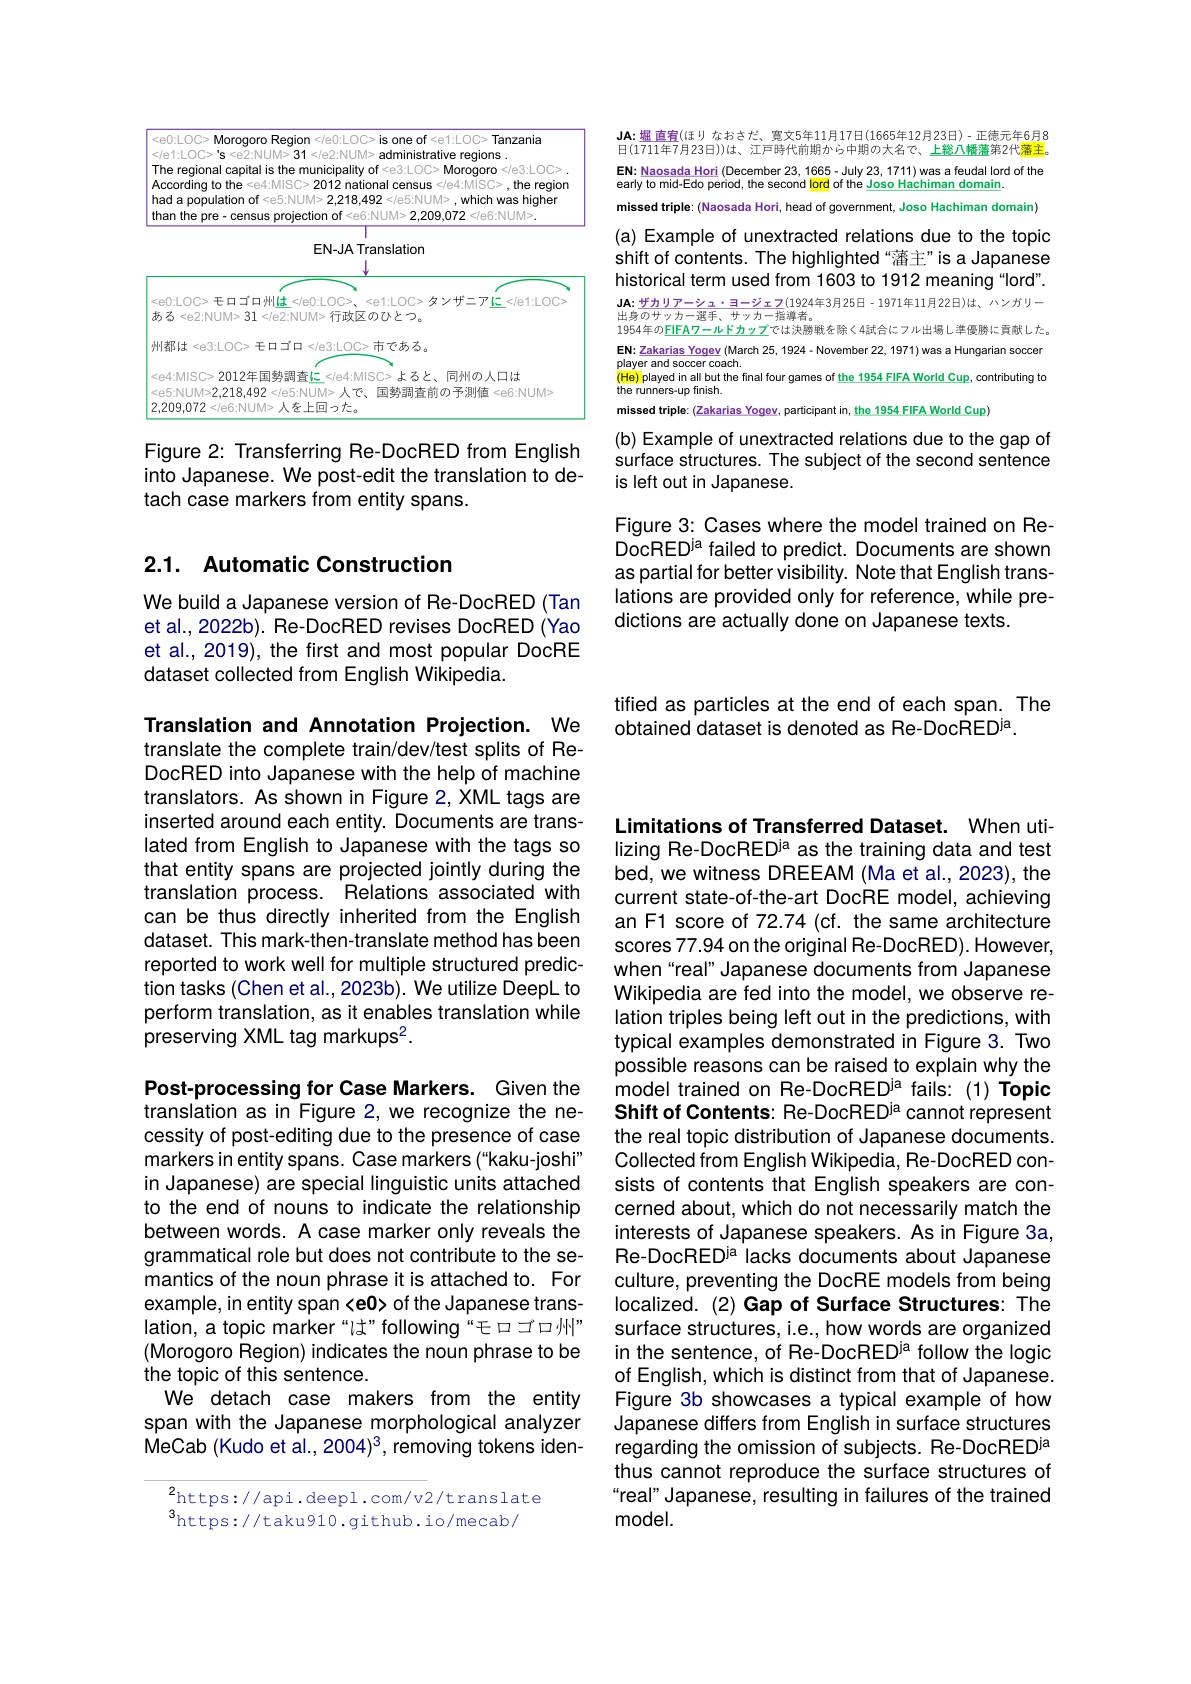
<FigureHere>

Figure 2: Transferring Re-DocRED from English into Japanese. We post-edit the translation to detach case markers from entity spans.

## 2.1. Automatic Construction

We build a Japanese version of Re-DocRED (Tan et al., 2022b). Re- DocRED revises DocRED (Yao et al., 2019), the first and most popular DocRE dataset collected from English Wikipedia.

$\mathbf{JA:}_{\text{堀 直宥(ほりなおさだ、寛文5年11月17日(1665年12月23日)-正德元年6月8}}$ 日(1711年7月23日))は、江戸時代前期から中期の大名で、上総八幡藩第2代藩主$\begin{array}{l}{\mathsf{EN:}}\frac{\mathsf{Naosada~Hori}}{\mathsf{Naosada~Hori}}\left(\text{December 23, 1665-July 23, 1711)was a feudal Iord of the}\\{\mathsf{early~to~mid-Edo~period,~the~second~Iord~of~the~Joso~Hachiman~domain.}}\\{\mathsf{EN:}}\frac{\mathsf{Naosada~Hori}}{\mathsf{Naosada~Hori}}\left(\text{December 23, 1665-July 2$

missed triple: (Naosada Hori, head of government, Joso Hachiman domain) (a) Example of unextracted relations due to the topic shift of contents. The highlighted“藩主”is a Japanese historical term used from 1603 to 1912 meaning“lord”. $\mathbf{JA:}\frac{\text{ザカリアーシュ・ヨージェフ(1924年3月25日}-1971年11月22日)は、ハンガリー}$ 出 身 の サ ッ カ ー 選 手 、 サ ッ カ ー 指 導 者 。1954年 の $\underline {\mathrm{FIFAワ ー ル ド カ ッ プ で は 決 勝 戦 を 除 く 4試 合 に フ ル 出 場 し 準 優 勝 に 貢 献 し た 。}}$ $\mathrm{EN:}\frac{\mathrm{Zakarias~Yogev~(March~25,~1924-November~22,~1971)~was~a~Hungarian~soccer}}$ player and soccer coach. (He) played
l but the final four games of the 1954 FIFA World Cup, contributing
the runners-up finish
missed triple: (Zakarias Yogev, participant in, the 1954 FIFA World Cup)

(b) Example of unextracted relations due to the gap of surface structures. The subject of the second sentence is left out in Japanese.

Figure 3: Cases where the model trained on ReDocRED$^\mathrm{ja}$ failed to predict. Documents are shown as partial for better visibility. Note that English translations are provided only for reference, while predictions are actually done on Japanese texts.

tified as particles at the end of each span. The
obtained dataset is denoted as Re-DocRED$^\mathrm{ja}.$

Translation and Annotation Projection. We translate the complete train/dev/test splits of ReDocRED into Japanese with the help of machine translators. As shown in Figure 2, XML tags are inserted around each entity. Documents are translated from English to Japanese with the tags so that entity spans are projected jointly during the translation process. Relations associated with can be thus directly inherited from the English dataset. This mark-then-translate method has been reported to work well for multiple structured prediction tasks (Chen et al.,2023b). We utilize DeepL to perform translation, as it enables translation while preserving XML tag markups$^2.$

Post-processing for Case Markers. Given the translation as in Figure 2, we recognize the necessity of post-editing due to the presence of case markers in entity spans. Case markers (“kaku-joshi” in Japanese) are special linguistic units attached to the end of nouns to indicate the relationship between words. A case marker only reveals the grammatical role but does not contribute to the semantics of the noun phrase it is attached to. For example, in entity span <e0> of the Japanese translation, a topic marker“lt”following“モロゴロ州” (Morogoro Region) indicates the noun phrase to be the topic of this sentence.
We detach case makers from the entity span with the Japanese morphological analyzer MeCab (Kudo et al., 2004)3, removing tokens iden-

$^{2}$https://api.deepl.com/v2/translate
$^3$https://taku910.github.io/mecab/

Limitations of Transferred Dataset. When utilizing Re-DocREDia as the training data and test bed, we witness DREEAM (Ma et al., 2023), the current state-of-the-art DocRE model, achieving an F1 score of 72.74 (cf. the same architecture scores 77.94 on the original Re-DocRED). However, when“real” Japanese documents from Japanese Wikipedia are fed into the model, we observe relation triples being left out in the predictions, with typical examples demonstrated in Figure 3. Two possible reasons can be raised to explain why the model trained on Re-DocRED$^\mathrm{ja}$ fails: (1) Topic Shift of Contents: Re-DocRED$^\mathrm{ja}$ cannot represent the real topic distribution of Japanese documents Collected from English Wikipedia, Re-DocRED consists of contents that English speakers are concerned about, which do not necessarily match the interests of Japanese speakers. As in Figure 3a, Re-DocREDia lacks documents about Japanese culture, preventing the DocRE models from being localized. (2) Gap of Surface Structures: The surface structures, i.e., how words are organized in the sentence, of Re-DocRED$^\mathrm{ja}$ follow the logic of English, which is distinct from that of Japanese. Figure 3b showcases a typical example of how Japanese differs from English in surface structures regarding the omission of subjects. Re-DocREDia thus cannot reproduce the surface structures of “real” Japanese, resulting in failures of the trained model.